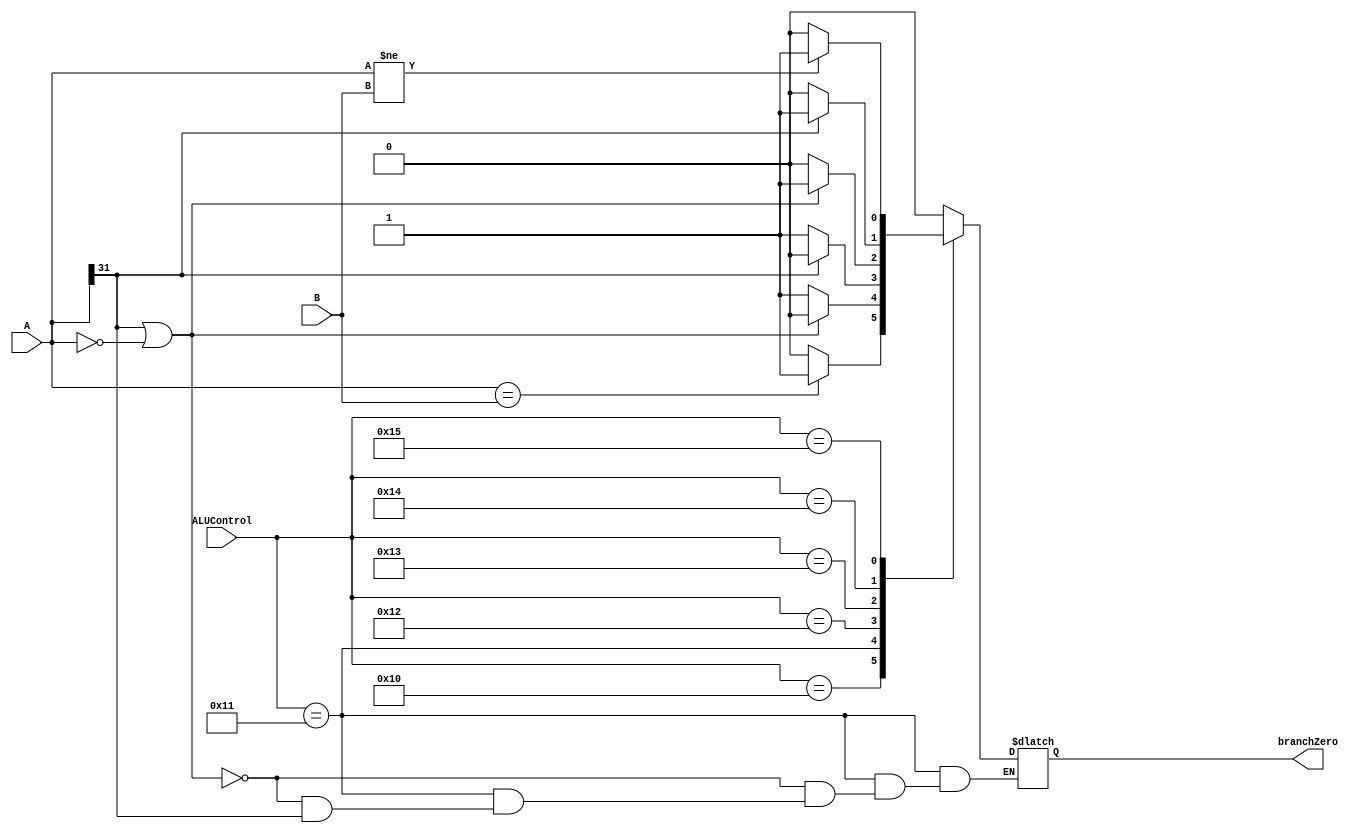
`timescale 1ns / 1ps
//////////////////////////////////////////////////////////////////////////////////
// Op   | 'ALUControl' value
// ==========================
// BEQ  | 010000 
// BGEZ | 010010
// BLEZ | 010011
// BLTZ | 010100
// BNE  | 010101
// 
//////////////////////////////////////////////////////////////////////////////////


module Comparator(A, B, ALUControl, branchZero);
    
	input [5:0] ALUControl;
    input [31:0] A, B;
    output reg branchZero;
    
	// Comparison
	parameter BEQ = 'b010000, BGTZ = 'b010001, BGEZ = 'b010010,
	          BLEZ = 'b010011, BLTZ = 'b010100, BNE = 'b010101;
	          
	initial begin
		branchZero <= 0;        
	end
	   
	always @(ALUControl, A, B) begin
		case(ALUControl) 
			  // Comparison - ALUResult = 1 when branchZero condition not met
			BEQ: begin 
				if(!(A == B)) branchZero = 0;         
				else branchZero = 1; 
			end
			BGTZ: begin 
				if(A[31] || (A == 0)) branchZero = 0;         
				else if (!(A[31] ) ) branchZero = 1; 
			end
			BGEZ:begin 
				if(A[31]) branchZero = 0;         
				else branchZero = 1; 
			end 
			BLEZ: begin 
				if(!(A[31] || (A == 0))) branchZero = 0;         
				else branchZero = 1; 
			end
			BLTZ: begin 
				if(!(A[31])) branchZero = 0;         
				else branchZero = 1; 
			end
			BNE: begin 
				if(!(A != B))branchZero = 0;         
				else branchZero = 1; 
			end
			default: branchZero = 0;
		endcase
	  end          
endmodule